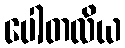
ပေါတလိယ